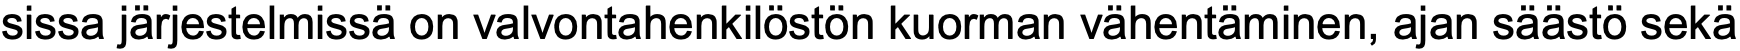
sissa järjestelmissä on valvontahenkilöstön kuorman vähentäminen, ajan säästö sekä